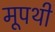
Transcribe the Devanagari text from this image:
मूपथी